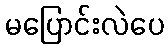
မပြောင်းလဲပေ